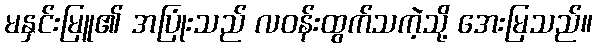
မနှင်းမြူ၏ အပြုံးသည် လဝန်းထွက်သကဲ့သို့ အေးမြသည်။